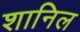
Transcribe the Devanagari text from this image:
शानिल